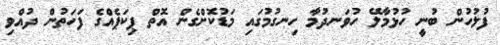
ފުލުހުން ބުނީ ހުުޅުމާލޭ ހުވަނދުމާ ހިނގުމުގައި މަޑުކޮށްގެން އޮތް ޕިކަޕެއްގެ ފަހަތުން ދުއްވި